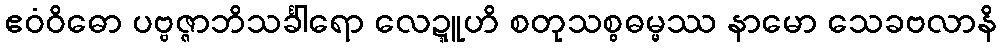
ဧဝံဝိဓော ပဗ္ဗဇ္ဇာဘိသင်္ခါရော လေဍ္ဍူဟိ စတုသစ္စဓမ္မဿ နာမော သေခဗလာနိ